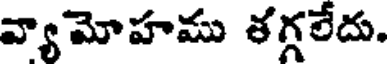
వ్యామోహము తగ్గలేదు.